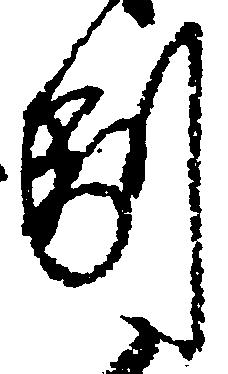
副